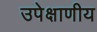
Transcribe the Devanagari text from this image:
उपेक्षाणीय